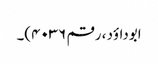
ابوداؤد ، رقم ۴۰۳۶)۔